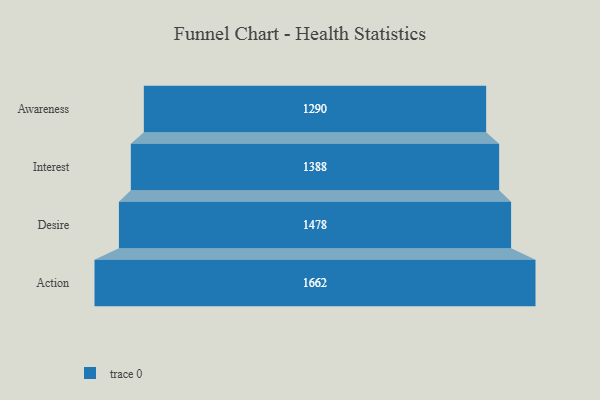
{"axis": {"x": "Stage", "y": "Value"}, "legend": [""], "data": [{"x": "Awareness", "y": 1290.0, "type": ""}, {"x": "Interest", "y": 1388.0, "type": ""}, {"x": "Desire", "y": 1478.0, "type": ""}, {"x": "Action", "y": 1662.0, "type": ""}]}